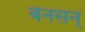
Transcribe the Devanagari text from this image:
बेनसन्